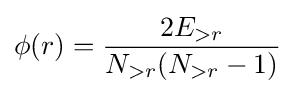
\phi (r)={\frac {2E_{>r}}{N_{>r}(N_{>r}-1)}}